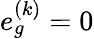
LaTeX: e_{g}^{(k)}=0